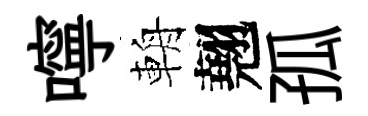
嚀輈翹孤